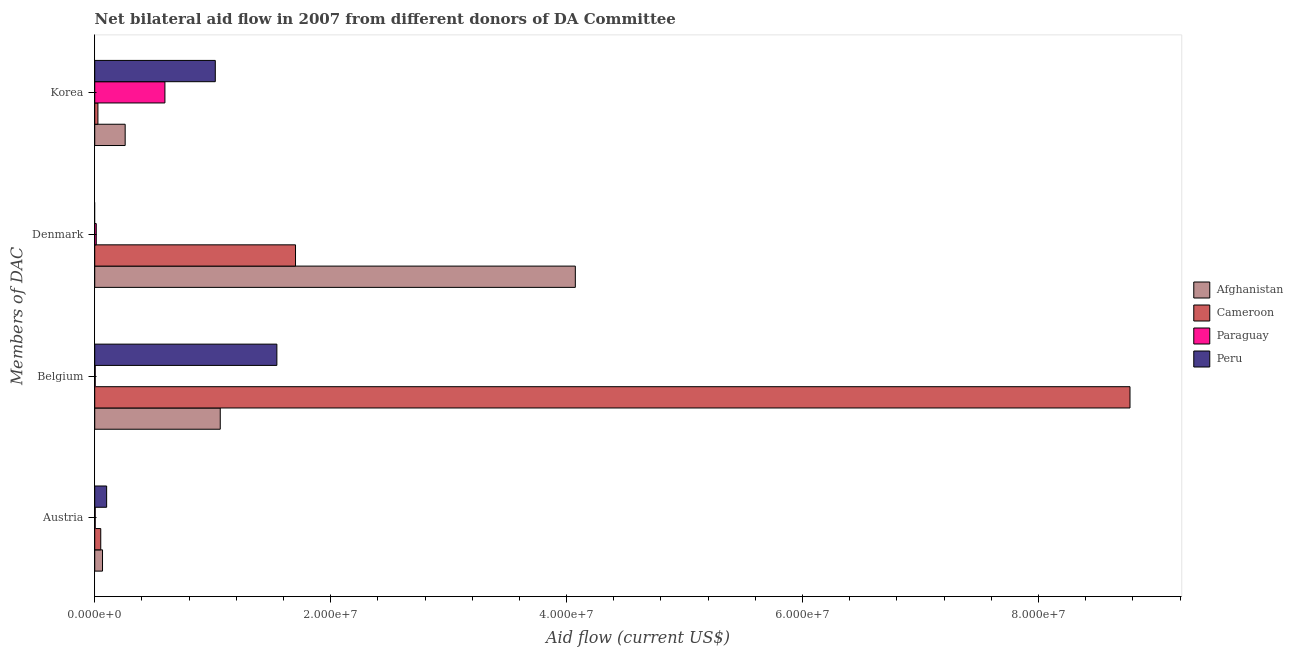
| Members of DAC | Afghanistan | Cameroon | Paraguay | Peru |
 | --- | --- | --- | --- | --- |
 | Austria | 6.6e+05 | 5.1e+05 | 4e+04 | 1.01e+06 |
 | Belgium | 1.06e+07 | 8.78e+07 | 4e+04 | 1.54e+07 |
 | Denmark | 4.07e+07 | 1.7e+07 | 1.3e+05 | -4.4e+05 |
 | Korea | 2.58e+06 | 2.7e+05 | 5.95e+06 | 1.02e+07 |